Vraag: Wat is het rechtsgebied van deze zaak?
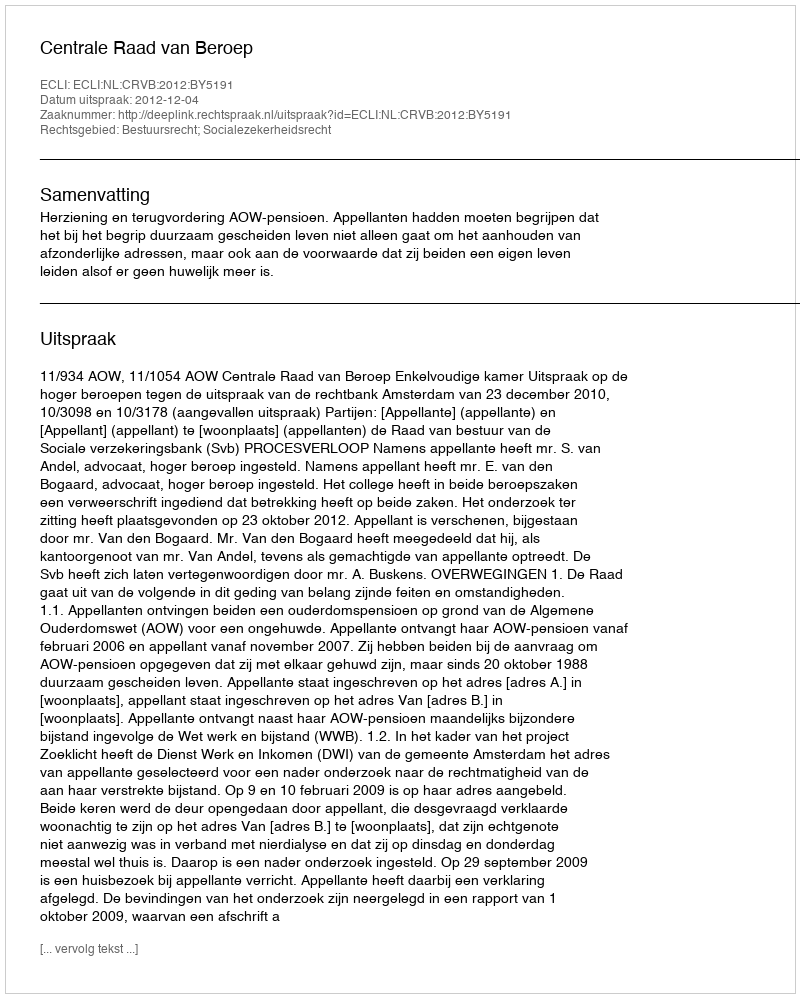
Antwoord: Bestuursrecht; Socialezekerheidsrecht